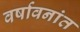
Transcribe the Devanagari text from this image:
वर्षावनांत